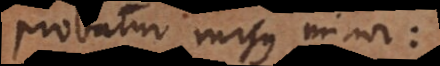
Probatur rursus minor: